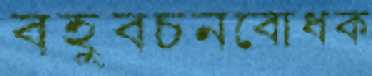
বহুবচনবোধক